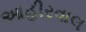
આહીરવાલ